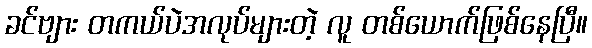
ခင်ဗျား တကယ်ပဲအလုပ်များတဲ့ လူ တစ်ယောက်ဖြစ်နေပြီ။